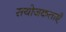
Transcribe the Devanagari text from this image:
सयोजकताएँ